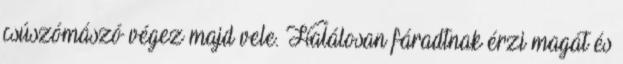
csúszómászó végez majd vele. Halálosan fáradtnak érzi magát és